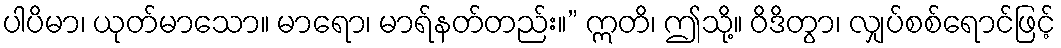
ပါပိမာ၊ ယုတ်မာသော။ မာရော၊ မာရ်နတ်တည်း။” ဣတိ၊ ဤသို့။ ဝိဒိတွာ၊ လျှပ်စစ်ရောင်ဖြင့်